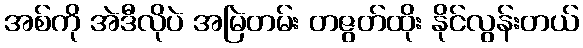
အစ်ကို အဲဒီလိုပဲ အမြဲတမ်း တဇွတ်ထိုး နိုင်လွန်းတယ်